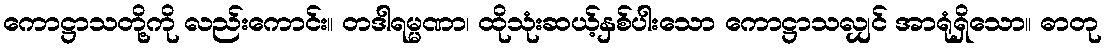
ကောဋ္ဌာသတို့ကို လည်းကောင်း။ တဒါရမ္မဏာ၊ ထိုသုံးဆယ့်နှစ်ပါးသော ကောဋ္ဌာသလျှင် အာရုံရှိသော။ ဓာတု